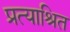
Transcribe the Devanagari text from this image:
प्रत्याश्रित